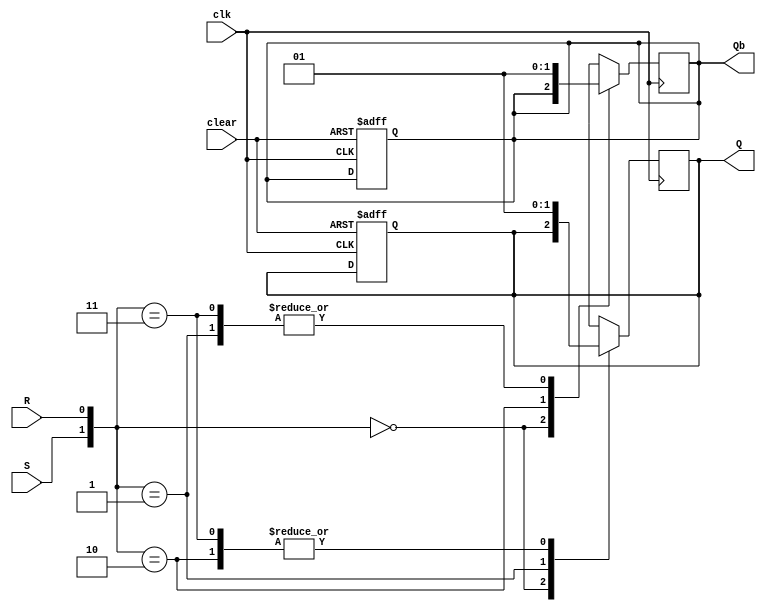
module SR_FF_sc(Q, Qb, S, R, clk, clear);
	
	output Q, Qb;
	input S, R, clk, clear;
	reg Q, Qb;
	
		always @(posedge clear, negedge clk)
			begin
				case(clear)
					1'b0:	begin
							Q<=Q;
							Qb<=Qb;
							end
					1'b1:	begin
							Q<=0;
							Qb<=1;
							end
				endcase
			end
	always @(negedge clk)
		begin
			case({S,R})
					2'b00:
							begin
								Q<=Q;
								Qb<=Qb;
							end
					2'b01:
							begin
								Q<=0;
								Qb<=1;
							end
					2'b10:
							begin
								Q<=1;
								Qb<=0;
							end
					2'b11:
							begin
								Q<=1;
								Qb<=1;
							end
				endcase
		end
	

endmodule